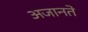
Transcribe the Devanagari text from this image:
अजानते